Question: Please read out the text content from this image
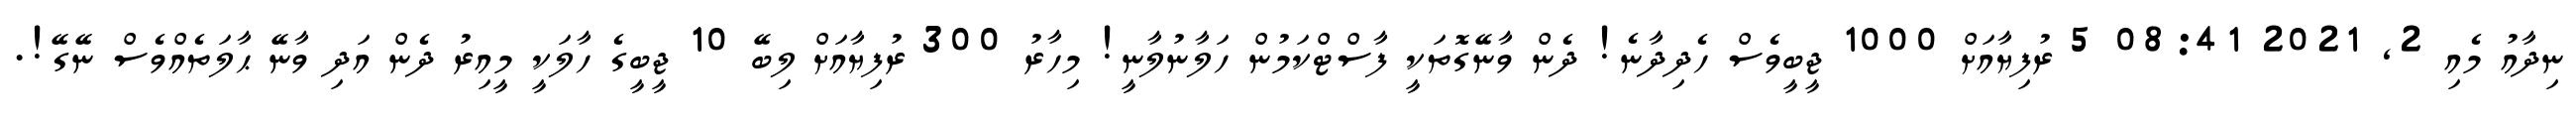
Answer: ނިދާއު މެއި 2, 2021 08:41 5 ރުފިޔާއަށް 1000 ޖީބީވެސް ހެދިދާނެ! ދެން ވާނޭގޮތަކީ ފާސްޓްކަމުން ހަލާނުލާނީ! މިހާރު 300 ރުފިޔާއަށް ލިބޭ 10 ޖީބީގެ ހާލަކީ މީއިރު ދެން އަދި ވާނޭ ޙާލަތެއްވެސް ނޭގޭ!.